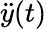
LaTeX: {\ddot{y}}(t)